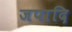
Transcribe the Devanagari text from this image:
जपादि